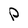
Character: P